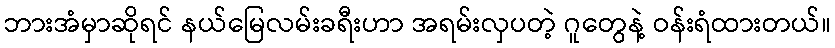
ဘားအံမှာဆိုရင် နယ်မြေလမ်းခရီးဟာ အရမ်းလှပတဲ့ ဂူတွေနဲ့ ဝန်းရံထားတယ်။